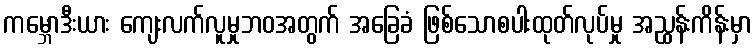
ကမ္ဘောဒီးယား ကျေးလက်လူမှုဘဝအတွက် အခြေခံ ဖြစ်သောစပါးထုတ်လုပ်မှု အညွှန်းကိန်းမှာ